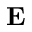
{ \bf E }